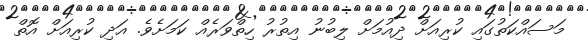
މަސައްކަތުގައި ކުރިއަށް ދިއުމަށް ލިބުނު އިތުރު ހިތްވަރެއް ކަމަށެވެ. އަދި ކުރިއަށް އޮތް